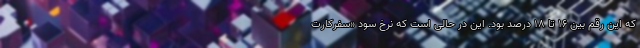
که این رقم بین ۱۶ تا ۱۸ درصد بود. این در حالی است که نرخ سود «سفرکارت